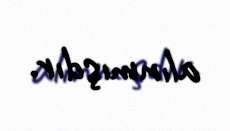
alınmışdır.